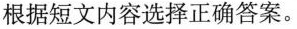
根据短文内容选择正确答案.